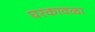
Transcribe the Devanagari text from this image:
घरकावळा